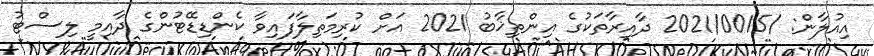
އިއުލާން: /2021/0015 ދާއިރާތަކުގެ އިންތިޚާބު 2021 އަށް ކުރިމަތިލާފައިވާ ކެންޑިޑޭޓުންގެ ދާއިމީ ލިސްޓު